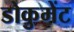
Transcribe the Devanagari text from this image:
डोकुमेंट